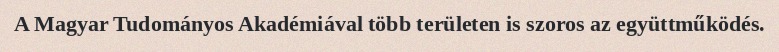
A Magyar Tudományos Akadémiával több területen is szoros az együttműködés.